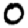
Digit: 0